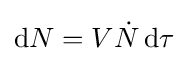
\mathrm {d} N=V{\dot {N}}\,\mathrm {d} \tau